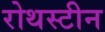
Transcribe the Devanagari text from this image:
रोथस्टीन